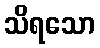
သိရသော